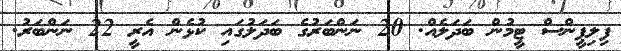
ފިލިޕީންސް ޓީމުން ބަދަލެއް. 20 ނަންބަރުގެ ބަދަލުގައި ކުޅެން އެރީ 22 ނަންބަރު.